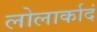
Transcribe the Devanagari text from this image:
लोलार्कादं